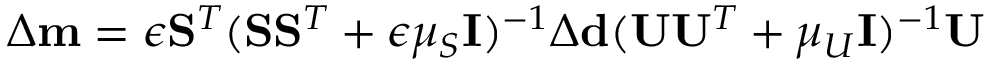
\Delta \mathbf { m } = \epsilon \mathbf { S } ^ { T } ( \mathbf { S } \mathbf { S } ^ { T } + \epsilon \mu _ { S } \mathbf { I } ) ^ { - 1 } \Delta \mathbf { d } ( \mathbf { U } \mathbf { U } ^ { T } + \mu _ { U } \mathbf { I } ) ^ { - 1 } \mathbf { U }